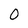
Character: 0